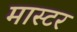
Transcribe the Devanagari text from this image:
मास्टर